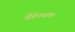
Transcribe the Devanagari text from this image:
गेंगेनबाक